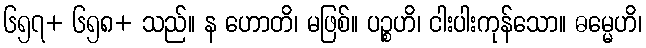
၆၅၇+ ၆၅၈+ သည်။ န ဟောတိ၊ မဖြစ်။ ပဉ္စဟိ၊ ငါးပါးကုန်သော။ ဓမ္မေဟိ၊